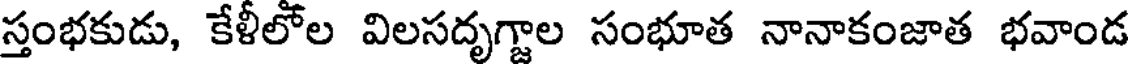
స్తంభకుడు, కేళీలోల విలసదృగ్జాల సంభూత నానాకంజాత భవాండ